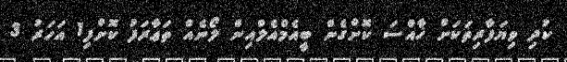
ކުދި ވިޔަފާރިތަކަށް ޚާއްސަ ކޮށްގެން ބީއެމްއެލްއިން ލޯނެއް ތަޢާރަފު ކޮށްފި1 އަހަރު 3